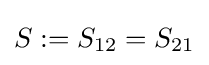
S:=S_{12}=S_{21}